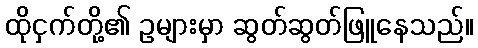
ထိုငှက်တို့၏ ဥများမှာ ဆွတ်ဆွတ်ဖြူနေသည်။